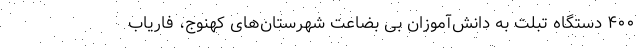
۴۰۰ دستگاه تبلت به دانش‌آموزان بی بضاعت شهرستان‌های کهنوج، فاریاب